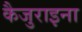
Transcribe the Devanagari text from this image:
कैजुराइना